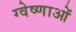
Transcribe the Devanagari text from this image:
ग्वेष्णाओं